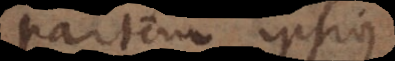
partem ipsiu